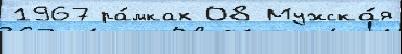
1967 ра́мках 08 Мужска́я